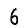
Digit: 6